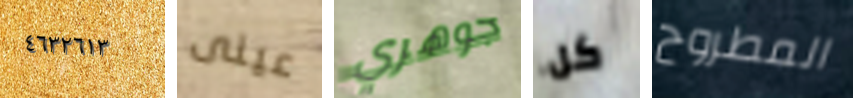
٤٦٣٢٦١٣ عينى جوهري كل المطروح